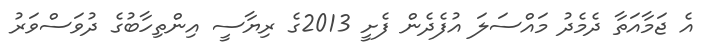
އެ ޖަމާއަތާ ދެމެދު މައްސަލަ އުފެދެން ފެށީ 2013ގެ ރިޔާސީ އިންތިހާބުގެ ދުވަސްވަރު